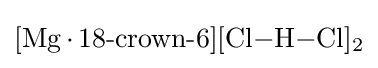
{[\mathrm {Mg} \,{\cdot }\,18{\text{-}}\mathrm {crown} {\text{-}}6][\mathrm {Cl} {-}\mathrm {H} {-}\mathrm {Cl} ]{\vphantom {A}}_{\smash[{t}]{2}}}